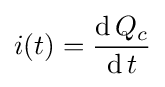
i(t)={\frac {\operatorname {d} Q_{c}}{\operatorname {d} t}}